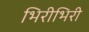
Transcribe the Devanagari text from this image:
भिरीभिरी